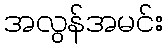
အလွန်အမင်း